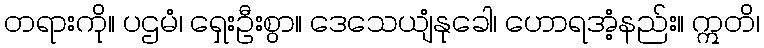
တရားကို။ ပဌမံ၊ ရှေးဦးစွာ။ ဒေသေယျံနုခေါ၊ ဟောရအံ့နည်း။ ဣတိ၊